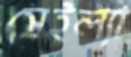
সেইল্যা